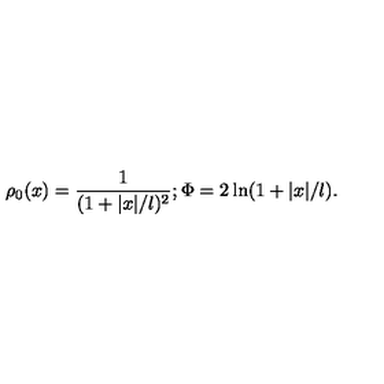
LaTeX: \rho _ { 0 } ( x ) = { \frac { 1 } { ( 1 + | x | / l ) ^ { 2 } } } ; \Phi = 2 \ln ( 1 + | x | / l ) .